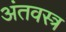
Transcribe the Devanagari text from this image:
अंतवस्त्र